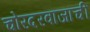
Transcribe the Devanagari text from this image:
चोरदरवाजाची